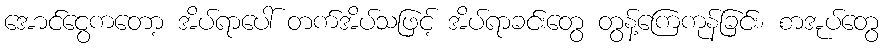
အောင်ငွေကတော့ အိပ်ရာပေါ် တက်အိပ်သဖြင့် အိပ်ရာခင်းတွေ တွန့်ကြေကုန်ခြင်း၊ စာအုပ်တွေ